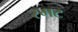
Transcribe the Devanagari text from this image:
स्मट